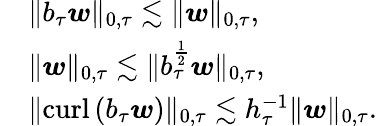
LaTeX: \begin{array}{rl}&{\| b_{\tau}\boldsymbol{w}\| _{0,\tau}\lesssim\| \boldsymbol{w}\| _{0,\tau},}\\ &{\| \boldsymbol{w}\| _{0,\tau}\lesssim\| b_{\tau}^{\frac{1}{2}}\boldsymbol{w}\| _{0,\tau},}\\ &{\| \mathrm{curl}\left(b_{\tau}\boldsymbol{w}\right)\| _{0,\tau}\lesssim h_{\tau}^{-1}\| \boldsymbol{w}\| _{0,\tau}.}\end{array}